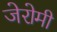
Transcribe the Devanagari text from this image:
जेरोमी